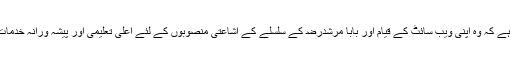
اسے اس بات پر فخر ہے کہ وہ اپنی ویب سائٹ کے قیام اور بابا مرشدﺭﺿ کے سلسلے کے اشاعتی منصوبوں کے لئے اعلیٰ تعلیمی اور پیشہ ورانہ خدمات حاصل کر رہی ہے۔